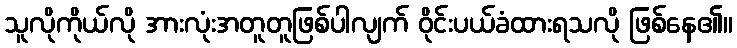
သူလိုကိုယ်လို အားလုံးအတူတူဖြစ်ပါလျက် ဝိုင်းပယ်ခံထားရသလို ဖြစ်နေ၏။